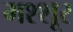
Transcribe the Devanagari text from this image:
मश्शूर